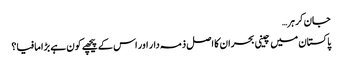
جان کر ہر…
پاکستان میں چینی بحران کا اصل ذمہ دار اور اس کے پیچھے کون ہے بڑا مافیا؟